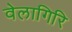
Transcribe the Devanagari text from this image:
वेलागिरि